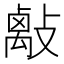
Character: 𢿑